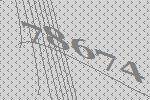
78674